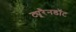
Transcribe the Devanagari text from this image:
ट्यूरैनडॉट